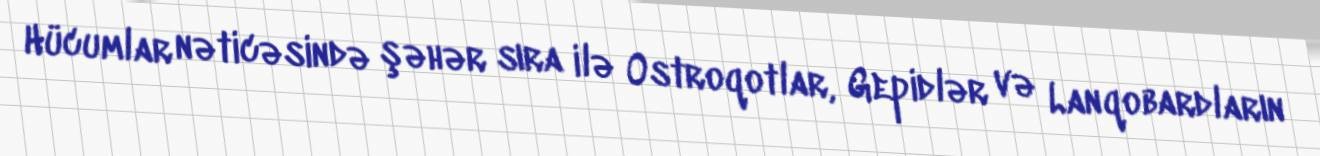
Hücumlar nəticəsində şəhər sıra ilə Ostroqotlar, Gepidlər və Lanqobardların